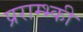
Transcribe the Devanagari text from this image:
प्रराम्भ्की